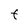
Character: t